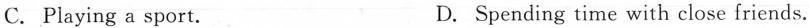
C.Playing a sport. D.Spending time with close friends.